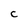
Character: C